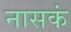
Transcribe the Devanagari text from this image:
नासकं